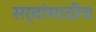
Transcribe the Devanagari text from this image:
सर्वांसाठीच